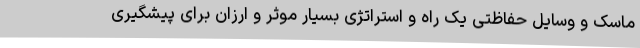
ماسک و وسایل حفاظتی یک راه و استراتژی بسیار موثر و ارزان برای پیشگیری